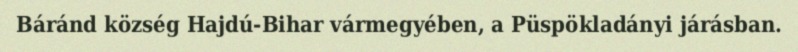
Báránd község Hajdú-Bihar vármegyében, a Püspökladányi járásban.